Indian Medical Review
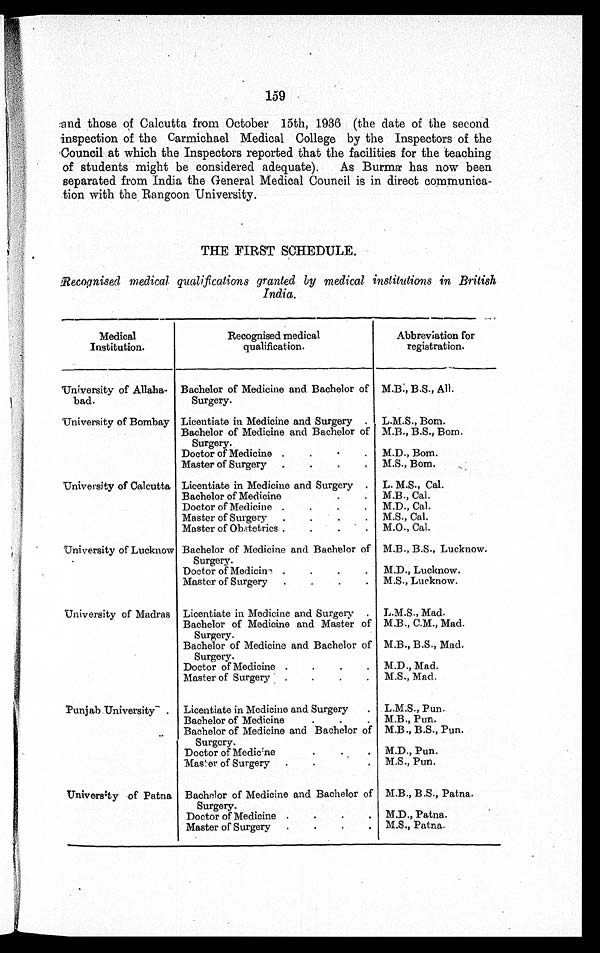
159
and those of Calcutta from October 15th, 1936 (the date of the second
inspection of the Carmichael Medical College by the Inspectors of the
Council at which the Inspectors reported that the facilities for the teaching
of students might be considered adequate). As Burma has now been
separated from India the General Medical Council is in direct communica
-
tion with the Rangoon University.
THE FIRST SCHEDULE.
Recognised medical qualifications granted by medical institutions in British
India.
Medical
Institution.
Recognised medical
qualification.
Abbreviation for
registration.
University of Allaha-
bad.
Bachelor of Medicine and Bachelor of
Surgery.
M.B., B.S., All.
University of Bombay
Licentiate in Medicine and Surgery.
L.M.S., Bom.
Bachelor of Medicine and Bachelor of
Surgery.
M.B., B.S., Bom.
Doctor of Medicine . . .
M.D., Bom.
Master of Surgery . . .
M.S., Bom.
University of Calcutta
Licentiate in Medicine and Surgery .
L. M.S., Cal.
Bachelor of Medicine . . .
M.B., Cal.
Doctor of Medicine . . .
M.D., Cal.
Master of Surgery . . .
M.S., Cal.
Master of Obstetrics . . .
M.O., Cal.
University of Lucknow Bachelor of Medicine and Bachelor of
Surgery.
M.B., B.S., Lucknow.
Doctor of Medicine . . .
M.D., Lucknow.
Master of Surgery . . .
M.S., Lucknow.
University of Madras
Licentiate in Medicine and Surgery.
L.M.S., Mad.
Bachelor of Medicine and Master of
Surgery.
M.B., C.M., Mad.
Bachelor of Medicine and Bachelor of
Surgery.
M.B., B.S., Mad.
Doctor of Medicine . . .
M.D., Mad.
Master of Surgery . . .
M.S., Mad.
Punjab University
Licentiate in Medicine and Surgery.
L.M.S., Pun.
Bachelor of Medicine . . .
M.B., Pun.
Bachelor of Medicine and Bachelor of
Surgery.
M.B., B.S., Pun.
Doctor of Medicine . . .
M.D., Pun.
Master of Surgery . . .
M.S., Pun.
University of Patna
Bachelor of Medicine and Bachelor of
Surgery.
M.B., B.S., Patna.
Doctor of Medicine . . .
M.D., Patna.
Master of Surgery . . .
M.S., Patna.